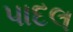
પાદલ